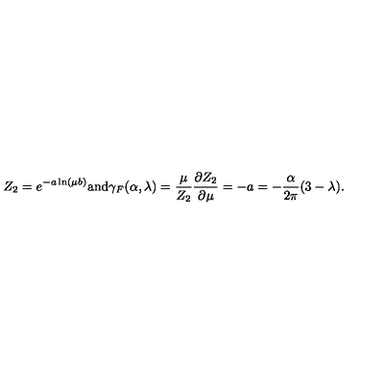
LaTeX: Z _ { 2 } = e ^ { - a \ln ( \mu b ) } \mathrm { a n d } \gamma _ { F } ( \alpha , \lambda ) = \frac { \mu } { Z _ { 2 } } \frac { \partial Z _ { 2 } } { \partial \mu } = - a = - \frac { \alpha } { 2 \pi } ( 3 - \lambda ) .